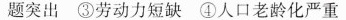
题突出③劳动力短缺④人口老龄化严重